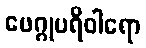
ဖေဂ္ဂုပရိဝါရော